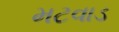
મટવાડ